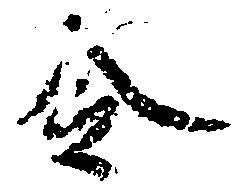
令